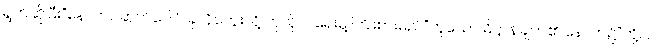
ရွတ်ဆိုပြီး“နောက်ပဆုတ်ပေါင် ခုလိုတွေးလို့ ကုသိုလ်ရေးမို့ ကြိုးစားမည်”ဟူသော ဓိဋ္ဌာန်ချက်၏ နောက်၌“တို့လဲ